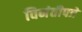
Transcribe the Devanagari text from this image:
विनंतीपत्रे